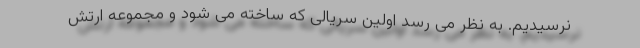
نرسیدیم. به نظر می رسد اولین سریالی که ساخته می شود و مجموعه ارتش